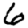
Digit: 6